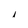
Character: i